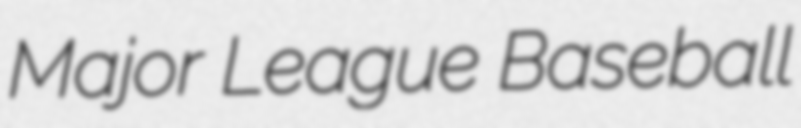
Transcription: Major League Baseball